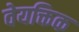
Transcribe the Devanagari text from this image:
वेयक्तिक